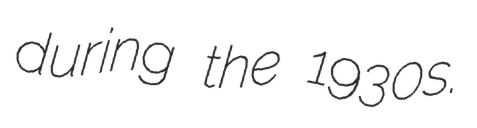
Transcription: during the 1930s.